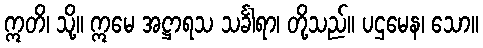
ဣတိ၊ သို့။ ဣမေ အဋ္ဌာရသ သင်္ခါရာ၊ တို့သည်။ ပဌမေန၊ သော။